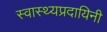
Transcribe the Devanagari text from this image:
स्वास्थ्यप्रदायिनी